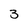
Character: 3